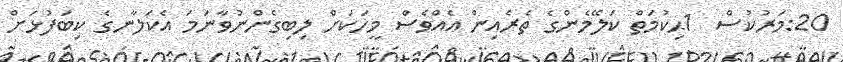
20:މަރުކުސް  1ޙިކުމަތް ކަލޭމެންގެ ތެރެއިން އެއްވެސް މީހަކަށް ލިބިގެންނުވާނަމަ އެކަލާނގެ ކިބަފުޅަށް